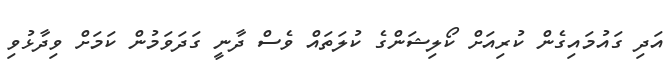
އަދި ގައުމައިގެން ކުރިއަށް ކޯލިޝަންގެ ކުލަތައް ވެސް ދާނީ ގަދަވަމުން ކަމަށް ވިދާޅުވި